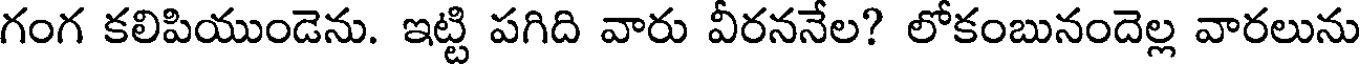
గంగ కలిపియుండెను. ఇట్టి పగిది వారు వీరననేల? లోకంబునందెల్ల వారలును